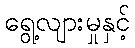
ရွေ့လျားမှုနှင့်